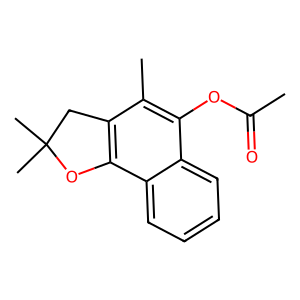
SMILES: CC(=O)Oc1c(C)c2c(c3ccccc13)OC(C)(C)C2
Inhibits HIV replication: No